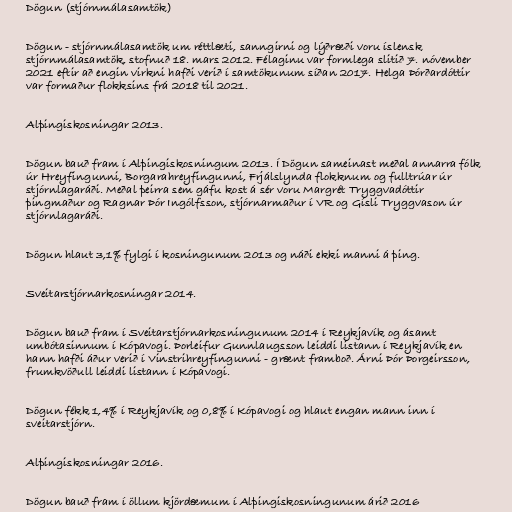
Dögun (stjórnmálasamtök)

Dögun - stjórnmálasamtök um réttlæti, sanngirni og lýðræði voru íslensk
stjórnmálasamtök, stofnuð 18. mars 2012. Félaginu var formlega slitið 7. nóvember
2021 eftir að engin virkni hafði verið í samtökunum síðan 2017. Helga Þórðardóttir
var formaður flokksins frá 2018 til 2021.

Alþingiskosningar 2013.

Dögun bauð fram í Alþingiskosningum 2013. Í Dögun sameinast meðal annarra fólk
úr Hreyfingunni, Borgarahreyfingunni, Frjálslynda flokknum og fulltrúar úr
stjórnlagaráði. Meðal þeirra sem gáfu kost á sér voru Margrét Tryggvadóttir
þingmaður og Ragnar Þór Ingólfsson, stjórnarmaður í VR og Gísli Tryggvason úr
stjórnlagaráði.

Dögun hlaut 3,1% fylgi í kosningunum 2013 og náði ekki manni á þing.

Sveitarstjórnarkosningar 2014.

Dögun bauð fram í Sveitarstjórnarkosningunum 2014 í Reykjavík og ásamt
umbótasinnum í Kópavogi. Þorleifur Gunnlaugsson leiddi listann í Reykjavík en
hann hafði áður verið í Vinstrihreyfingunni - grænt framboð. Árni Þór Þorgeirsson,
frumkvöðull leiddi listann í Kópavogi.

Dögun fékk 1,4% í Reykjavík og 0,8% í Kópavogi og hlaut engan mann inn í
sveitarstjórn.

Alþingiskosningar 2016.

Dögun bauð fram í öllum kjördæmum í Alþingiskosningunum árið 2016